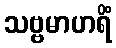
သဗ္ဗမာဟရိံ